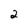
Character: 2